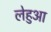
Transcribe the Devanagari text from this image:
लेहुआ